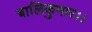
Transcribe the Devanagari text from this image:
बालिकुमार।।